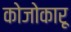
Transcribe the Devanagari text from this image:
कोजोकारू